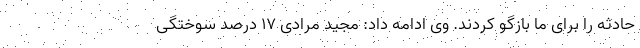
حادثه را برای ما بازگو کردند. وی ادامه داد: مجید مرادی ۱۷ درصد سوختگی